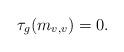
LaTeX: \begin{align*}\tau_g(m_{v,v})=0.\end{align*}